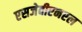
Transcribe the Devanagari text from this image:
एसजेवीएनएल